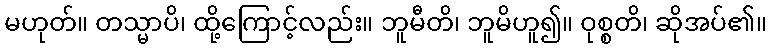
မဟုတ်။ တသ္မာပိ၊ ထို့ကြောင့်လည်း။ ဘူမီတိ၊ ဘူမိဟူ၍။ ဝုစ္စတိ၊ ဆိုအပ်၏။